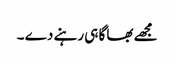
مجھے بھاگا ہی رہنے دے ۔